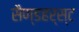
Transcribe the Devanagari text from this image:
सैण्डहर्स्ट